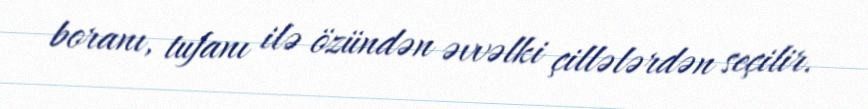
boranı, tufanı ilə özündən əvvəlki çillələrdən seçilir.